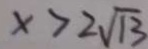
x > 2 \sqrt { 1 3 }